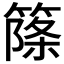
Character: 𥱥